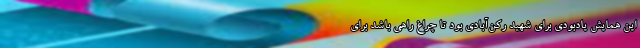
این همایش یادبودی برای شهید رکن‌آبادی بود تا چراغ راهی باشد برای